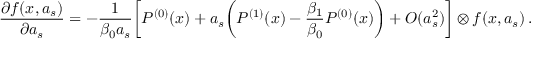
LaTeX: \frac { \partial f ( x , a _ { s } ) } { \partial a _ { s } } = - \frac { 1 } { \beta _ { 0 } a _ { s } } \bigg [ P ^ { ( 0 ) } ( x ) + a _ { s } \bigg ( P ^ { ( 1 ) } ( x ) - \frac { \beta _ { 1 } } { \beta _ { 0 } } P ^ { ( 0 ) } ( x ) \bigg ) + O ( a _ { s } ^ { 2 } ) \bigg ] \otimes f ( x , a _ { s } ) \: .